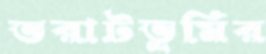
ভরাটভূমির